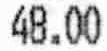
48.00